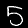
Label: 5